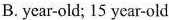
B. ycar-old; 15 year-old